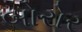
બોરોર